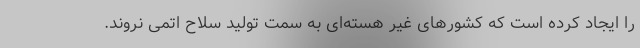
را ایجاد کرده است که کشورهای غیر هسته‌ای به سمت تولید سلاح اتمی نروند.